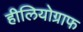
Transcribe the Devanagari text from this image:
हीलियोग्राफ